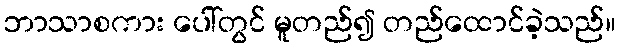
ဘာသာစကား ပေါ်တွင် မူတည်၍ တည်ထောင်ခဲ့သည်။